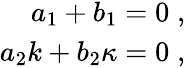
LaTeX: \begin{array}{r}{a_{1}+b_{1}=0\; ,}\\ {a_{2}k+b_{2}\kappa=0\; ,}\end{array}